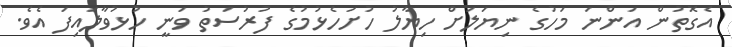
އެގޮތުން އަންނަ މަހުގެ ނިޔަލަށް ހިޔާލު ހުށަހެޅުމުގެ ފުރުސަތު ވަނީ ހުޅުވާލައިފަ އެވެ.